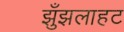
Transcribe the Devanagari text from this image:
झुँझलाहट